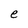
Character: e